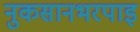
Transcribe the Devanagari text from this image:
नुकसानभरपाइ